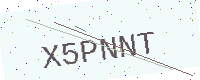
Text: X5PNNT